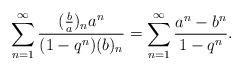
LaTeX: \begin{align*}\sum_{n=1}^{\infty}\frac{(\frac{b}{a})_na^n}{(1-q^n)(b)_n}=\sum_{n=1}^{\infty}\frac{a^n-b^n}{1-q^n}.\end{align*}